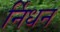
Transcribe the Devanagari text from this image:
र्निधन